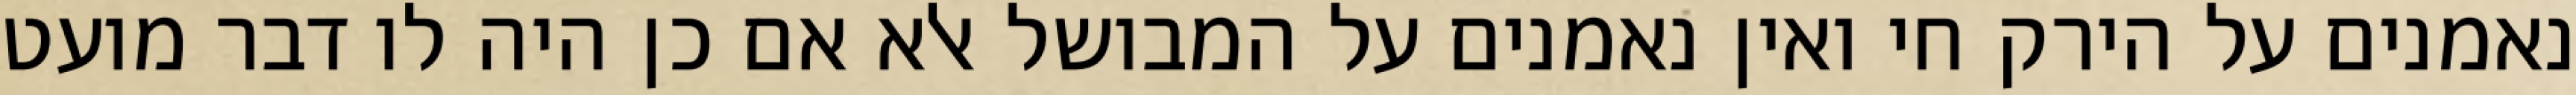
נאמנים על הירק חי ואין נאמנים על המבושל אלא אם כן היה לו דבר מועט